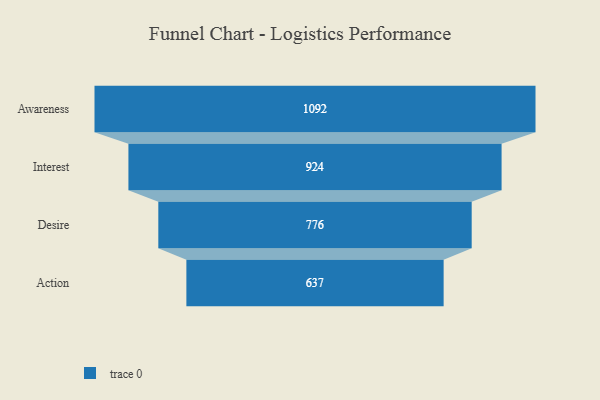
{"axis": {"x": "Stage", "y": "Value"}, "legend": [""], "data": [{"x": "Awareness", "y": 1092.0, "type": ""}, {"x": "Interest", "y": 924.0, "type": ""}, {"x": "Desire", "y": 776.0, "type": ""}, {"x": "Action", "y": 637.0, "type": ""}]}